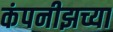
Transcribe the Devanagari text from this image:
कंपनीझच्या